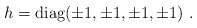
\begin{align*}h = {\rm diag} ( \pm 1, \pm 1, \pm 1, \pm 1 )\ . \end{align*}